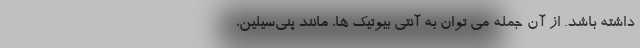
داشته باشد. از آن جمله می توان به آنتی بیوتیک ها، مانند پنی‌سیلین،